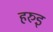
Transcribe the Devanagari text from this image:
हरुइ